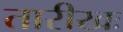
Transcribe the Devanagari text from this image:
तारीखः